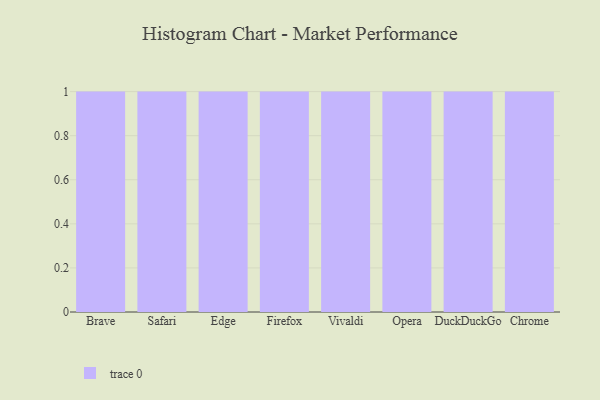
{"axis": {"x": "Browser", "y": "Churn Rate (%)"}, "legend": [""], "data": [{"x": "Brave", "y": 31, "type": ""}, {"x": "Safari", "y": 12, "type": ""}, {"x": "Edge", "y": 10, "type": ""}, {"x": "Firefox", "y": 72, "type": ""}, {"x": "Vivaldi", "y": 84, "type": ""}, {"x": "Opera", "y": 78, "type": ""}, {"x": "DuckDuckGo", "y": 67, "type": ""}, {"x": "Chrome", "y": 89, "type": ""}]}